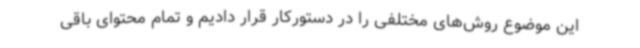
این موضوع روش‌های مختلفی را در دستورکار قرار دادیم و تمام محتوای باقی